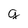
Character: g